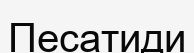
Песатиди